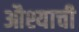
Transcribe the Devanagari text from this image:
औश्याची